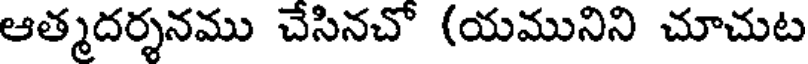
ఆత్మదర్శనము చేసినచో (యమునిని చూచుట